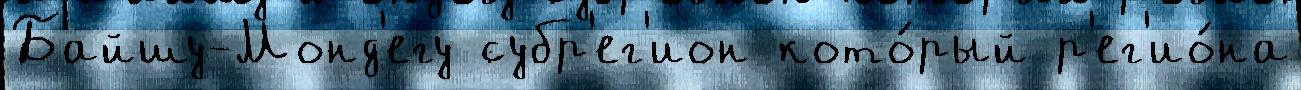
Байшу-Монд'егу субр'ег'ион кото́рый р'ег'ио́на